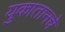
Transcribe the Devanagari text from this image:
युकातानचे